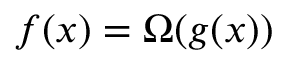
f ( x ) = \Omega ( g ( x ) )